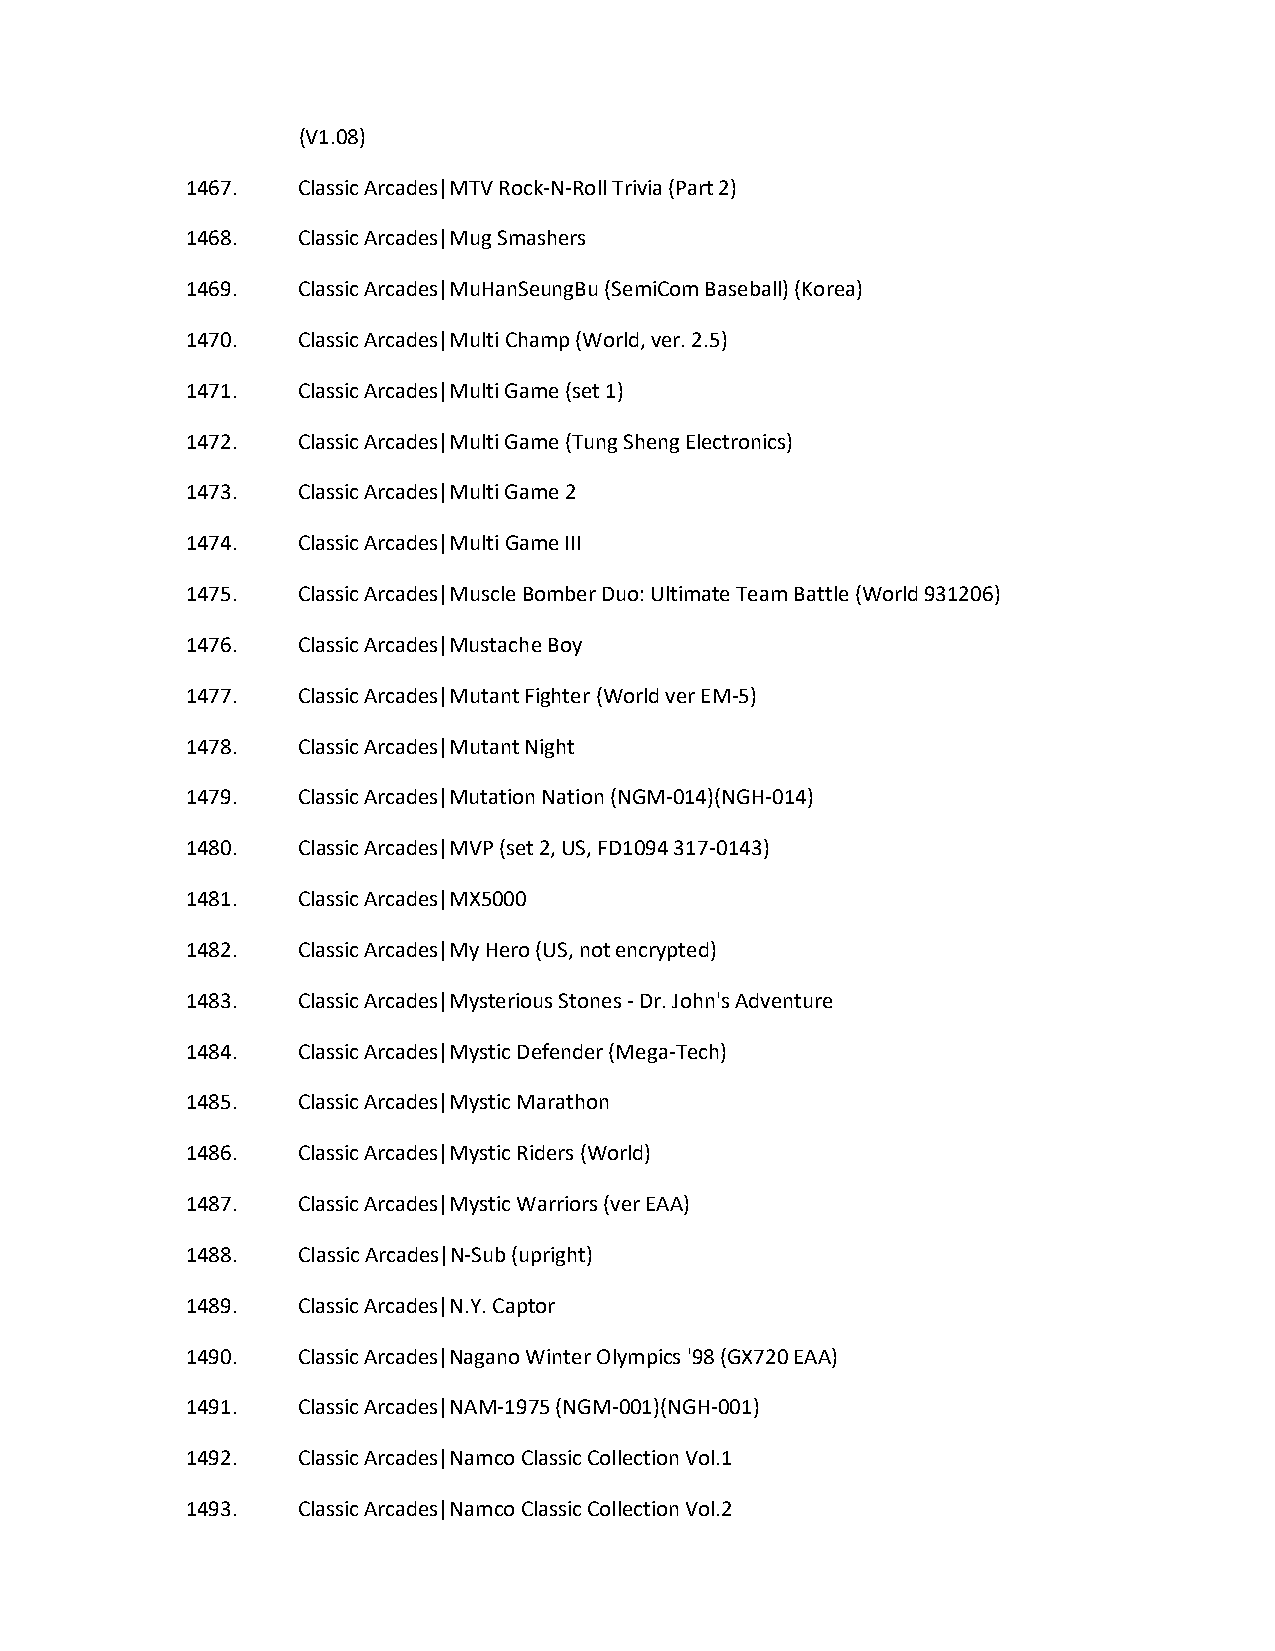
(V1.08)
 1467.   Classic Arcades|MTV Rock-N-Roll Trivia (Part 2)
 1468.   Classic Arcades|Mug Smashers
 1469.   Classic Arcades|MuHanSeungBu (SemiCom Baseball) (Korea)
 1470.   Classic Arcades|Multi Champ (World, ver. 2.5)
 1471.   Classic Arcades|Multi Game (set 1)
 1472.   Classic Arcades|Multi Game (Tung Sheng Electronics)
 1473.   Classic Arcades|Multi Game 2
 1474.   Classic Arcades|Multi Game III
 1475.   Classic Arcades|Muscle Bomber Duo: Ultimate Team Battle (World 931206)
 1476.   Classic Arcades|Mustache Boy
 1477.   Classic Arcades|Mutant Fighter (World ver EM-5)
 1478.   Classic Arcades|Mutant Night
 1479.   Classic Arcades|Mutation Nation (NGM-014)(NGH-014)
 1480.   Classic Arcades|MVP (set 2, US, FD1094 317-0143)
 1481.   Classic Arcades|MX5000
 1482.   Classic Arcades|My Hero (US, not encrypted)
 1483.   Classic Arcades|Mysterious Stones - Dr. John's Adventure
 1484.   Classic Arcades|Mystic Defender (Mega-Tech)
 1485.   Classic Arcades|Mystic Marathon
 1486.   Classic Arcades|Mystic Riders (World)
 1487.   Classic Arcades|Mystic Warriors (ver EAA)
 1488.   Classic Arcades|N-Sub (upright)
 1489.   Classic Arcades|N.Y. Captor
 1490.   Classic Arcades|Nagano Winter Olympics '98 (GX720 EAA)
 1491.   Classic Arcades|NAM-1975 (NGM-001)(NGH-001)
 1492.   Classic Arcades|Namco Classic Collection Vol.1
 1493.   Classic Arcades|Namco Classic Collection Vol.2